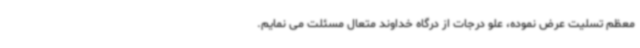
معظم تسلیت عرض نموده، علو درجات از درگاه خداوند متعال مسئلت می نمایم.